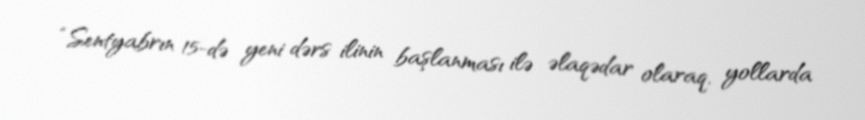
“Sentyabrın 15-də yeni dərs ilinin başlanması ilə əlaqədar olaraq, yollarda